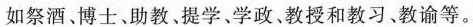
如祭酒、博士、助教、提学、学政、教授和教习、教谕等。